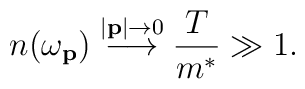
n(\omega_{\bf p}) \buildrel \vert {\bf p}\vert \to 0 \over \longrightarrow{T\over m^*} \gg 1.